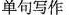
单句写作